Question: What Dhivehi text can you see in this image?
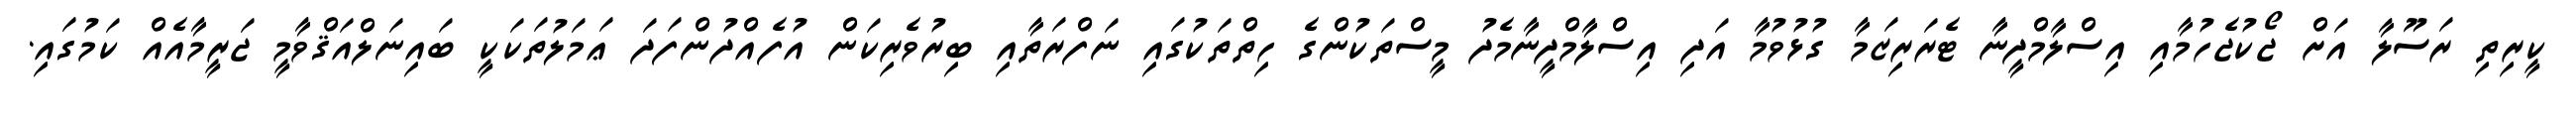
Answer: ކީރިތި ރަސޫލާ އަށް ޖޯކުޖެހުމާއި އިސްލާމްދީނާ ޓެރަރިޒަމާ ގުޅުވުމާ އަދި އިސްލާމްދީނާމެދު މީސްތަކުންގެ ހިތްތަކުގައި ނަފްރަތާއި ބިރުވެރިކަން އުފެއްދުންފަދަ ޢަމަލުތަކަކީ ބައިނަލްއަޤްވާމީ ޖަރީމާއެއް ކަމުގައި.